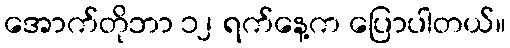
အောက်တိုဘာ ၁၂ ရက်နေ့က ပြောပါတယ်။